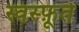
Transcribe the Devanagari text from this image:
स्वस्फ़ूर्त